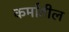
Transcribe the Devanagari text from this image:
कर्मातील